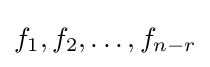
f_{1},f_{2},\ldots ,f_{n-r}